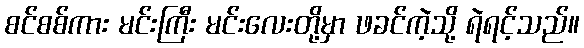
စင်စစ်ကား မင်းကြီး မင်းလေးတို့မှာ ဖခင်ကဲ့သို့ ရဲရင့်သည်။